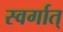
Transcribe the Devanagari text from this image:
स्वर्गात्